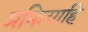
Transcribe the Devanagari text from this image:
प्रक्रियाहि